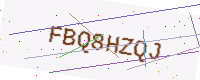
Text: FBQ8HZQJ